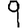
Digit: 9